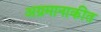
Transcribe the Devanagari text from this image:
अग्रमानाकीत